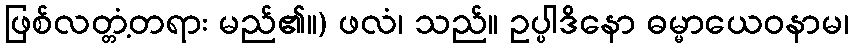
ဖြစ်လတ္တံ့တရား မည်၏။) ဖလံ၊ သည်။ ဥပ္ပါဒိနော ဓမ္မာယေဝနာမ၊